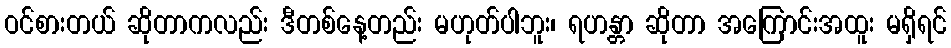
ဝင်စားတယ် ဆိုတာကလည်း ဒီတစ်နေ့တည်း မဟုတ်ပါဘူး၊ ရဟန္တာ ဆိုတာ အကြောင်းအထူး မရှိရင်